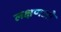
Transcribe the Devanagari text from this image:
लक्षणओ